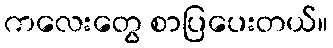
ကလေးတွေ စာပြပေးတယ်။